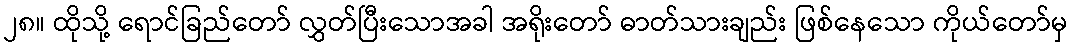
၂၈။ ထိုသို့ ရောင်ခြည်တော် လွှတ်ပြီးသောအခါ အရိုးတော် ဓာတ်သားချည်း ဖြစ်နေသော ကိုယ်တော်မှ